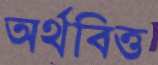
অর্থবিত্ত